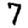
Digit: 7